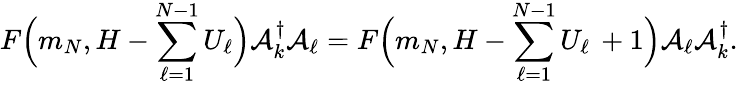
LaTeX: F\Big(m_{N},H-\sum_{\ell=1}^{N-1}{U}_{\ell}\Big){\cal A}_{k}^{\dagger}{\cal A}_{\ell}=F\Big(m_{N},H-\sum_{\ell=1}^{N-1}{U}_{\ell}\, +1\Big){\cal A}_{\ell}{\cal A}_{k}^{\dagger}.